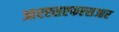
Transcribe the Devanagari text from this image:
आरएसएफएसआर